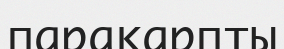
паракарпты